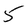
Character: 5